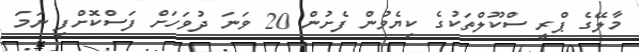
މާލޭގެ ޕްރީ ސްކޫލްތަކުގެ ކިޔެވުން ފެށުން 20 ވަނަ ދުވަހަށް ފަސްކޮށްފި ނަމަ